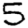
Digit: 5